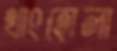
থাংহোলা